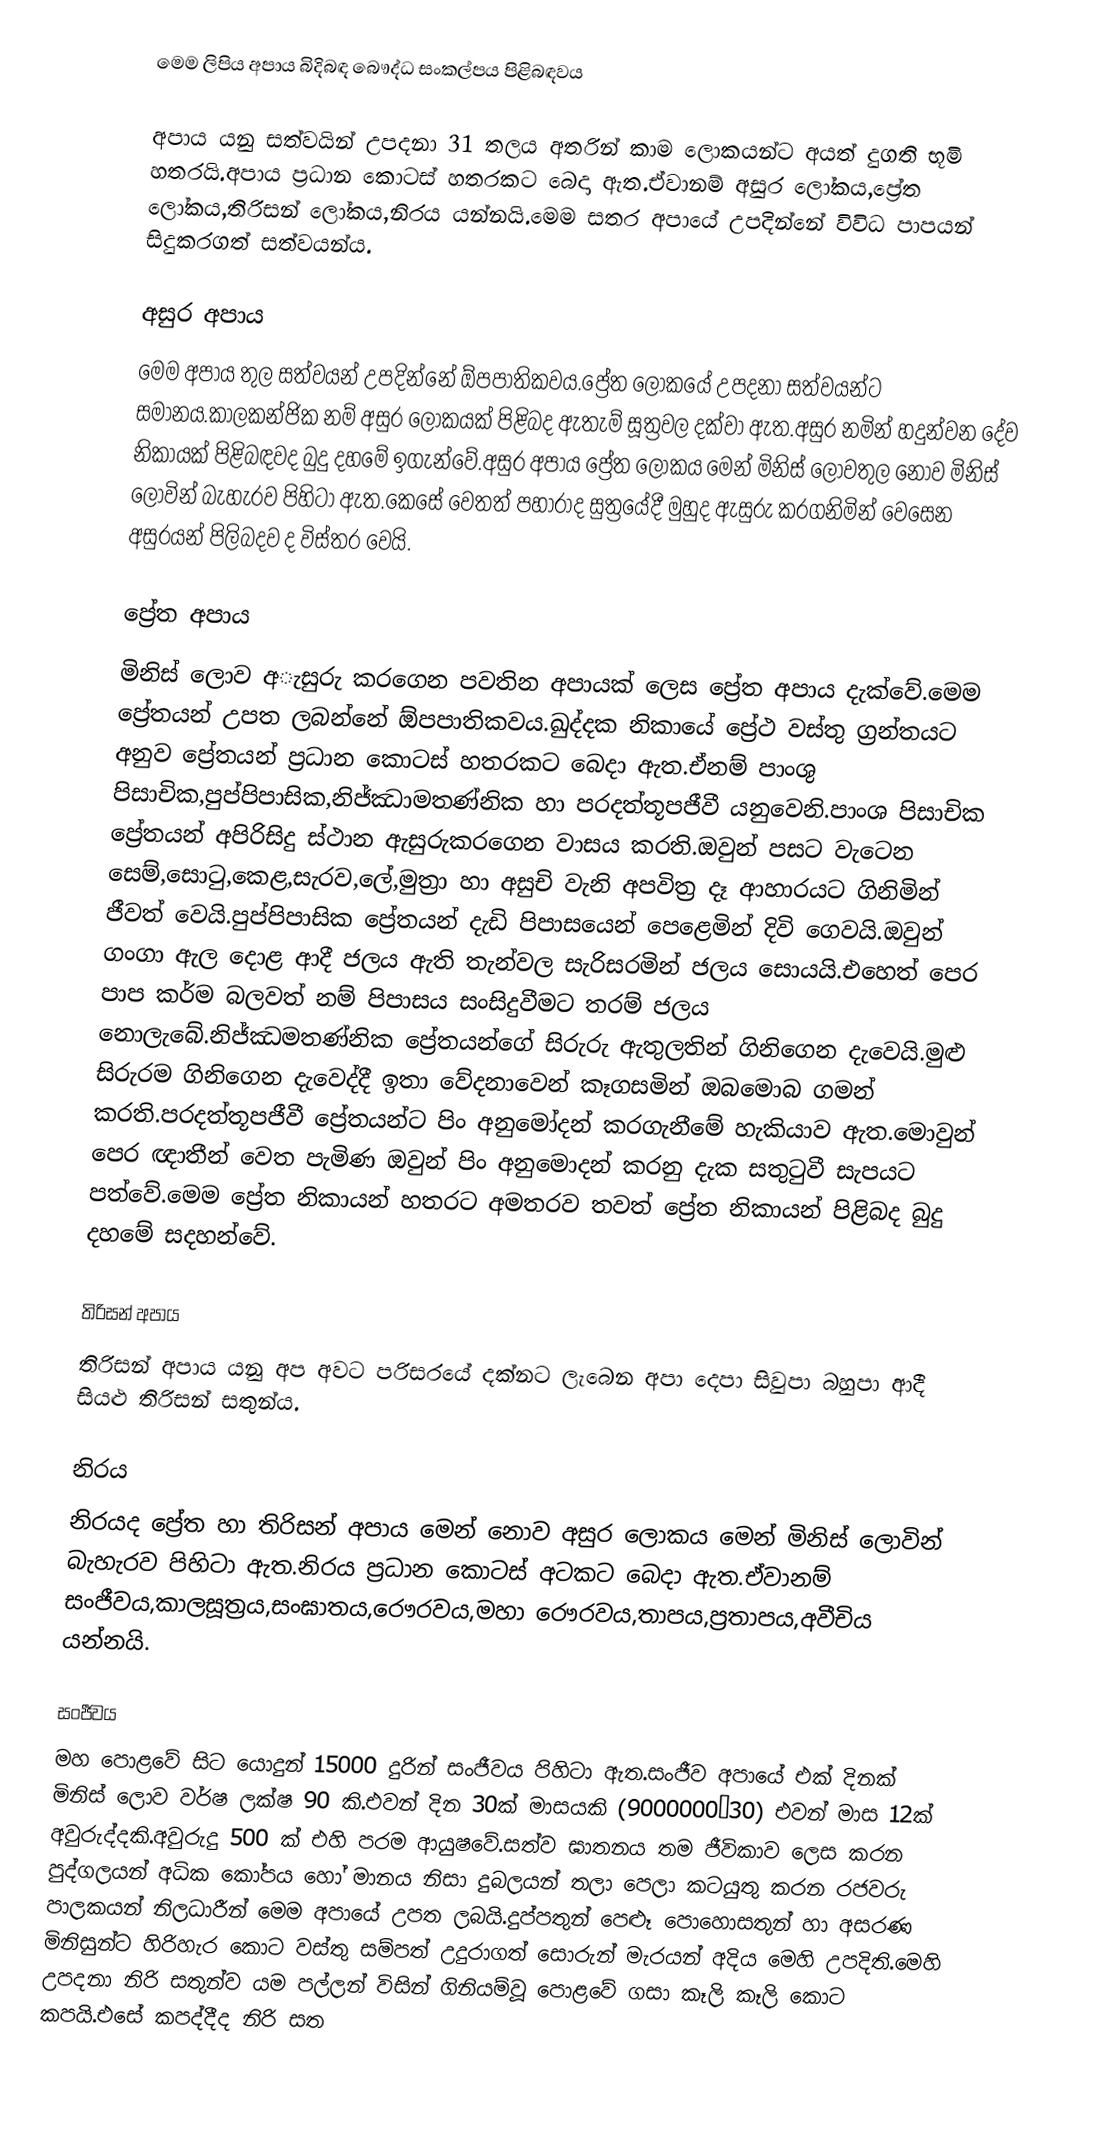
මෙම ලිපිය අපාය බිදිබඳ බෞද්ධ සංකල්පය පිළිබඳවය

අපාය යනු සත්වයින් උපදනා 31 තලය අතරින් කාම ලොකයන්ට  අයත් දුගති භූමි හතරයි.අපාය ප්‍රධාන කොටස් හතරකට බෙදා ඇත.ඒවානම් අසුර ලෝකය,ප්‍රේත ලෝකය,තිරිසන් ලෝකය,නිරය යන්නයි.මෙම සතර අපායේ උපදින්නේ විවිධ පාපයන් සිදුකරගත් සත්වයන්ය.

අසුර අපාය
මෙම අපාය තුල සත්වයන් උපදින්නේ ඕපපාතිකවය.ප්‍රේත ලෝකයේ උපදනා සත්වයන්ට සමානය.කාලකන්ජික නම් අසුර ලෝකයක් පිළිබද ඇතැම් සූත්‍රවල දක්වා ඇත.අසුර නමින් හදුන්වන දේව නිකායක් පිළිබඳවද බුදු දහමේ ඉගැන්වේ.අසුර අපාය ප්‍රේත ලෝකය මෙන් මිනිස් ලොවතුල නොව මිනිස් ලොවින් බැහැරව පිහිටා ඇත.කෙසේ වෙතත් පහාරාද සුත්‍රයේදී මුහුද ඇසුරු කරගනිමින් වෙසෙන  අසුරයන් පිලිබදව ද විස්තර වෙයි.

ප්‍රේත අපාය
මිනිස් ලොව අැසුරු කරගෙන පවතින අපායක් ලෙස ප්‍රේත අපාය දැක්වේ.මෙම ප්‍රේතයන් උපත ලබන්නේ ඕපපාතිකවය.ඛුද්දක නිකායේ ප්‍රේථ වස්තු ග්‍රන්තයට අනුව ප්‍රේතයන් ප්‍රධාන කොටස් හතරකට බෙදා ඇත.ඒනම් පාංශු පිසාචික,පුප්පිපාසික,නිජ්ඣාමතණ්නික හා පරදත්තූපජීවී යනුවෙනි.පාංශ පිසාචික ප්‍රේතයන් අපිරිසිදු ස්ථාන ඇසුරුකරගෙන වාසය කරති.ඔවුන් පසට වැටෙන සෙම්,සොටු,කෙළ,සැරව,ලේ,මුත්‍රා හා අසුචි වැනි අපවිත්‍ර දෑ ආහාරයට ගිනිමින් ජීවත් වෙයි.පුප්පිපාසික ප්‍රේතයන් දැඩි පිපාසයෙන් පෙළෙමින් දිවි ගෙවයි.ඔවුන් ගංගා ඇල දොළ ආදී ජලය ඇති තැන්වල සැරිසරමින් ජලය සොයයි.එහෙත් පෙර පාප කර්ම බලවත් නම් පිපාසය සංසිදුවීමට තරම් ජලය නොලැබේ.නිජ්ඣමතණ්නික ප්‍රේතයන්ගේ සිරුරු ඇතුලතින් ගිනිගෙන දැවෙයි.මුළු සිරුරම ගිනිගෙන දැවෙද්දී ඉතා වේදනාවෙන් කෑගසමින් ඔබමොබ ගමන් කරති.පරදත්තූපජීවී ප්‍රේතයන්ට පිං අනුමෝදන් කරගැනීමේ හැකියාව ඇත.මොවුන් පෙර ඥාතීන් වෙත පැමිණ ඔවුන් පිං අනුමොදන් කරනු දැක සතුටුවී සැපයට පත්වේ.මෙම ප්‍රේත නිකායන් හතරට අමතරව තවත් ප්‍රේත නිකායන් පිළිබද බුදු දහමේ සදහන්වේ.

තිරිසන් අපාය
තිරිසන් අපාය යනු අප අවට පරිසරයේ දක්නට ලැබෙන අපා දෙපා සිවුපා බහුපා ආදී සියළු තිරිසන් සතුන්ය.

නිරය
නිරයද ප්‍රේත හා තිරිසන් අපාය මෙන් නොව අසුර ලොකය මෙන් මිනිස් ලොවින් බැහැරව පිහිටා ඇත.නිරය ප්‍රධාන කොටස් අටකට බෙදා ඇත.ඒවානම් සංජීවය,කාලසූත්‍රය,සංඝාතය,රෞරවය,මහා රෞරවය,තාපය,ප්‍රතාපය,අවීචිය යන්නයි.

සංජීවය
මහ පොළවේ සිට යොදුන් 15000 දුරින් සංජීවය පිහිටා ඇත.සංජීව අපායේ එක් දිනක් මිනිස් ලොව වර්ෂ ලක්ෂ 90 කි.එවන් දින 30ක් මාසයකි (9000000×30) එවන් මාස 12ක් අවුරුද්දකි.අවුරුදු 500 ක් එහි පරම ආයුෂවේ.සත්ව ඝාතනය තම ජීවිකාව ලෙස කරන පුද්ගලයන් අධික කෝපය හෝ මානය නිසා දුබලයන් තලා පෙලා කටයුතු කරන රජවරු පාලකයන් නිලධාරීන් මෙම අපායේ උපත ලබයි.දුප්පතුන් පෙළූ පොහොසතුන් හා අසරණ මිනිසුන්ට හිරිහැර කොට වස්තු සම්පත් උදුරාගත් සොරුන් මැරයන් අදිය මෙහි උපදිති.මෙහි උපදනා නිරි සතුන්ව යම පල්ලන් විසින් ගිනියම්වූ පොළවේ ගසා කෑලි කෑලි කොට කපයි.එසේ කපද්දීද නිරි සත